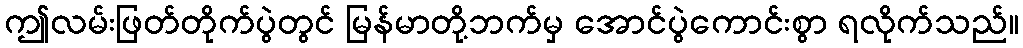
ဤလမ်းဖြတ်တိုက်ပွဲတွင် မြန်မာတို့ဘက်မှ အောင်ပွဲကောင်းစွာ ရလိုက်သည်။